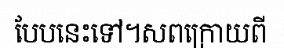
បែបនេះទៅ។សពក្រោយពី